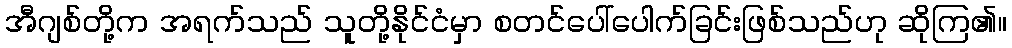
အီဂျစ်တို့က အရက်သည် သူတို့နိုင်ငံမှာ စတင်ပေါ်ပေါက်ခြင်းဖြစ်သည်ဟု ဆိုကြ၏။